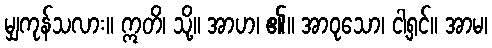
မျှကုန်သလား။ ဣတိ၊ သို့။ အာဟ၊ ၏။ အာဝုသော၊ ငါ့ရှင်။ အာမ၊